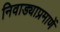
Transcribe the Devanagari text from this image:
निवाड्याप्रमाणें